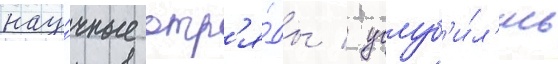
нау́чные отр'я́ды / углуб'и́л'ись